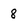
Character: 8